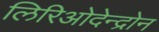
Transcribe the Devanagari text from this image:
लिरिओदेन्द्रोन